Report on enteric fever
Disease focus: Fever
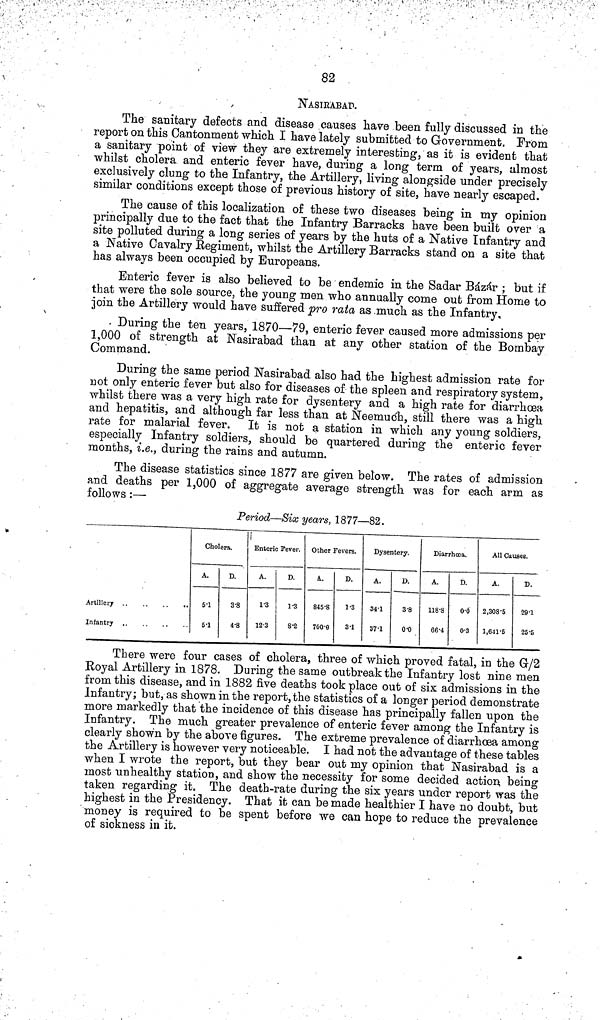
82
NASIRABAD.
The sanitary defects and disease causes have been fully discussed in the
report on this Cantonment which I have lately submitted to Government. From
a sanitary point of view they are extremely interesting, as it is evident that
whilst cholera and enteric fever have, during a long term of years, almost
exclusively clung to the Infantry, the Artillery, living alongside under precisely
similar conditions except those of previous history of site, have nearly escaped.
The cause of this localization of these two diseases being in my opinion
principally due to the fact that the Infantry Barracks have been built over a
site polluted during a long series of years by the huts of a Native Infantry and
a Native Cavalry Regiment, whilst the Artillery Barracks stand on a site that
has always been occupied by Europeans.
Enteric fever is also believed to be endemic in the Sadar Bázár ; but if
that were the sole source, the young men who annually come out from Home to
join the Artillery would have suffered pro rata as much as the Infantry,
. During the ten years, 1870—79, enteric fever caused more admissions per
1,000 of strength at Nasirabad than at any other station of the Bombay
Command.
During the same period Nasirabad also had the highest admission rate for
not only enteric fever but also for diseases of the spleen and respiratory system,
whilst there was a very high rate for dysentery and a high rate for diarrhoea
and hepatitis, and although far less than at Neemuch, still there was a high
rate for malarial fever. It is not a station in which any young soldiers,
especially Infantry soldiers, should be quartered during the enteric fever
months, i.e., during the rains and autumn.
The disease statistics since 1877 are given below. The rates of admission
and deaths per 1,000 of aggregate average strength was for each arm as
follows :—
Period—Six years, 1877—82.
Artillery
.
..
..
Infantry ..
...
Cholera.
A.
5 1
5 1
D.
3 8
4 8
!
Enteric Fever.
A.
1 3
12 3
D.
1 3
8 2
Other Fevers.
A.
845 8
700 0
D.
1 3
3 1
Dysentery.
A.
34 1
37 1
D.
3 8
0 0
Diarrhoea.
A.
118 8
66 4
D.
00
03
All Causes.
A.
2,308 5
1,641 5
D.
29 1
25 5
There were four cases of cholera, three of which proved fatal, in the G/2
Royal Artillery in 1878. During the same outbreak the Infantry lost nine men
from this disease, and in 1882 five deaths took place out of six admissions in the
Infantry; but, as shown in the report, the statistics of a longer period demonstrate
more markedly that the incidence of this disease has principally fallen upon the
Infantry. The much greater prevalence of enteric fever among the Infantry is
clearly shown by the above figures. The extreme prevalence of diarrhoea among
the Artillery is however very noticeable. I had not the advantage of these tables
when I wrote the report, but they bear out my opinion that Nasirabad is a
most unhealthy station, and show the necessity for some decided action being
taken regarding it. The death rate during the six years under report was the
highest in the Presidency. That it can be made healthier I have no doubt, but
money is required to be spent before we can hope to reduce the prevalence
of sickness in it.